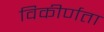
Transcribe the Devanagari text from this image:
विकीर्णता